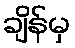
ချိန်မှ